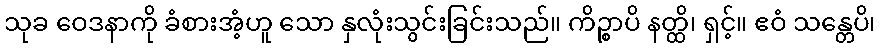
သုခ ဝေဒနာကို ခံစားအံ့ဟူ သော နှလုံးသွင်းခြင်းသည်။ ကိဉ္စာပိ နတ္ထိ၊ ရှင့်။ ဧဝံ သန္တေပိ၊